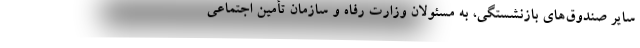
سایر صندوق‌های بازنشستگی، به مسئولان وزارت رفاه و سازمان تأمین اجتماعی